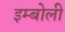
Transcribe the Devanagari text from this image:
इम्बोली